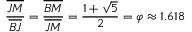
{ \frac { \overline { { J M } } } { \overline { { B J } } } } = { \frac { \overline { { B M } } } { \overline { { J M } } } } = { \frac { 1 + { \sqrt { 5 } } } { 2 } } = \varphi \approx 1 . 6 1 8